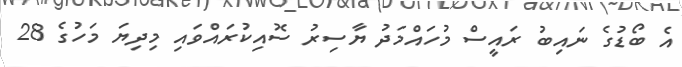
އެ ބޯޑުގެ ނައިބު ރައީސް މުހައްމަދު ޔާސިރު ސޮއިކުރައްވައި މިދިޔަ މަހުގެ 28